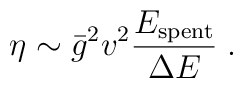
\eta\sim\bar{g}^2 v^2 \frac{E_{{\rm spent}}}{\Delta E} \; .